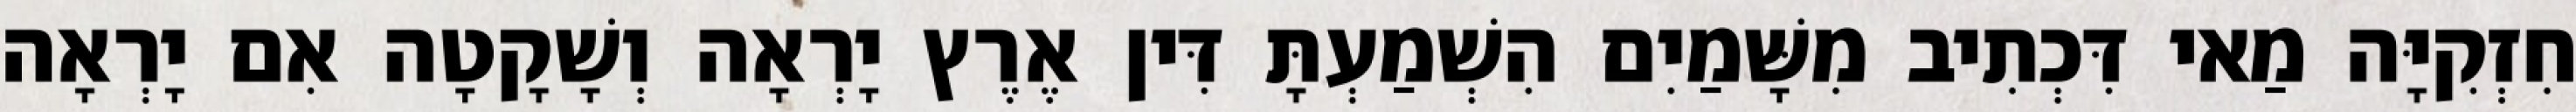
חִזְקִיָּה מַאי דִּכְתִיב מִשָּׁמַיִם הִשְׁמַעְתָּ דִּין אֶרֶץ יָרְאָה וְשָׁקָטָה אִם יָרְאָה